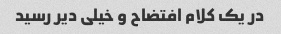
در یک کلام افتضاح و خیلی دیر رسید